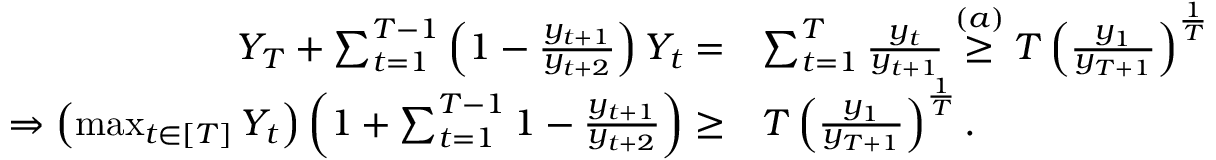
\begin{array} { r l } { Y _ { T } + \sum _ { t = 1 } ^ { T - 1 } \left( 1 - \frac { y _ { t + 1 } } { y _ { t + 2 } } \right) Y _ { t } = } & { \sum _ { t = 1 } ^ { T } \frac { y _ { t } } { y _ { t + 1 } } \overset { ( a ) } { \geq } T \left( \frac { y _ { 1 } } { y _ { T + 1 } } \right) ^ { \frac { 1 } { T } } } \\ { \Rightarrow \left( \operatorname* { m a x } _ { t \in \left[ T \right] } Y _ { t } \right) \left( 1 + \sum _ { t = 1 } ^ { T - 1 } 1 - \frac { y _ { t + 1 } } { y _ { t + 2 } } \right) \geq } & { T \left( \frac { y _ { 1 } } { y _ { T + 1 } } \right) ^ { \frac { 1 } { T } } . } \end{array}